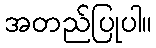
အတည်ပြုပါ။